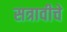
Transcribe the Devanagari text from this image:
सत्रावीचे